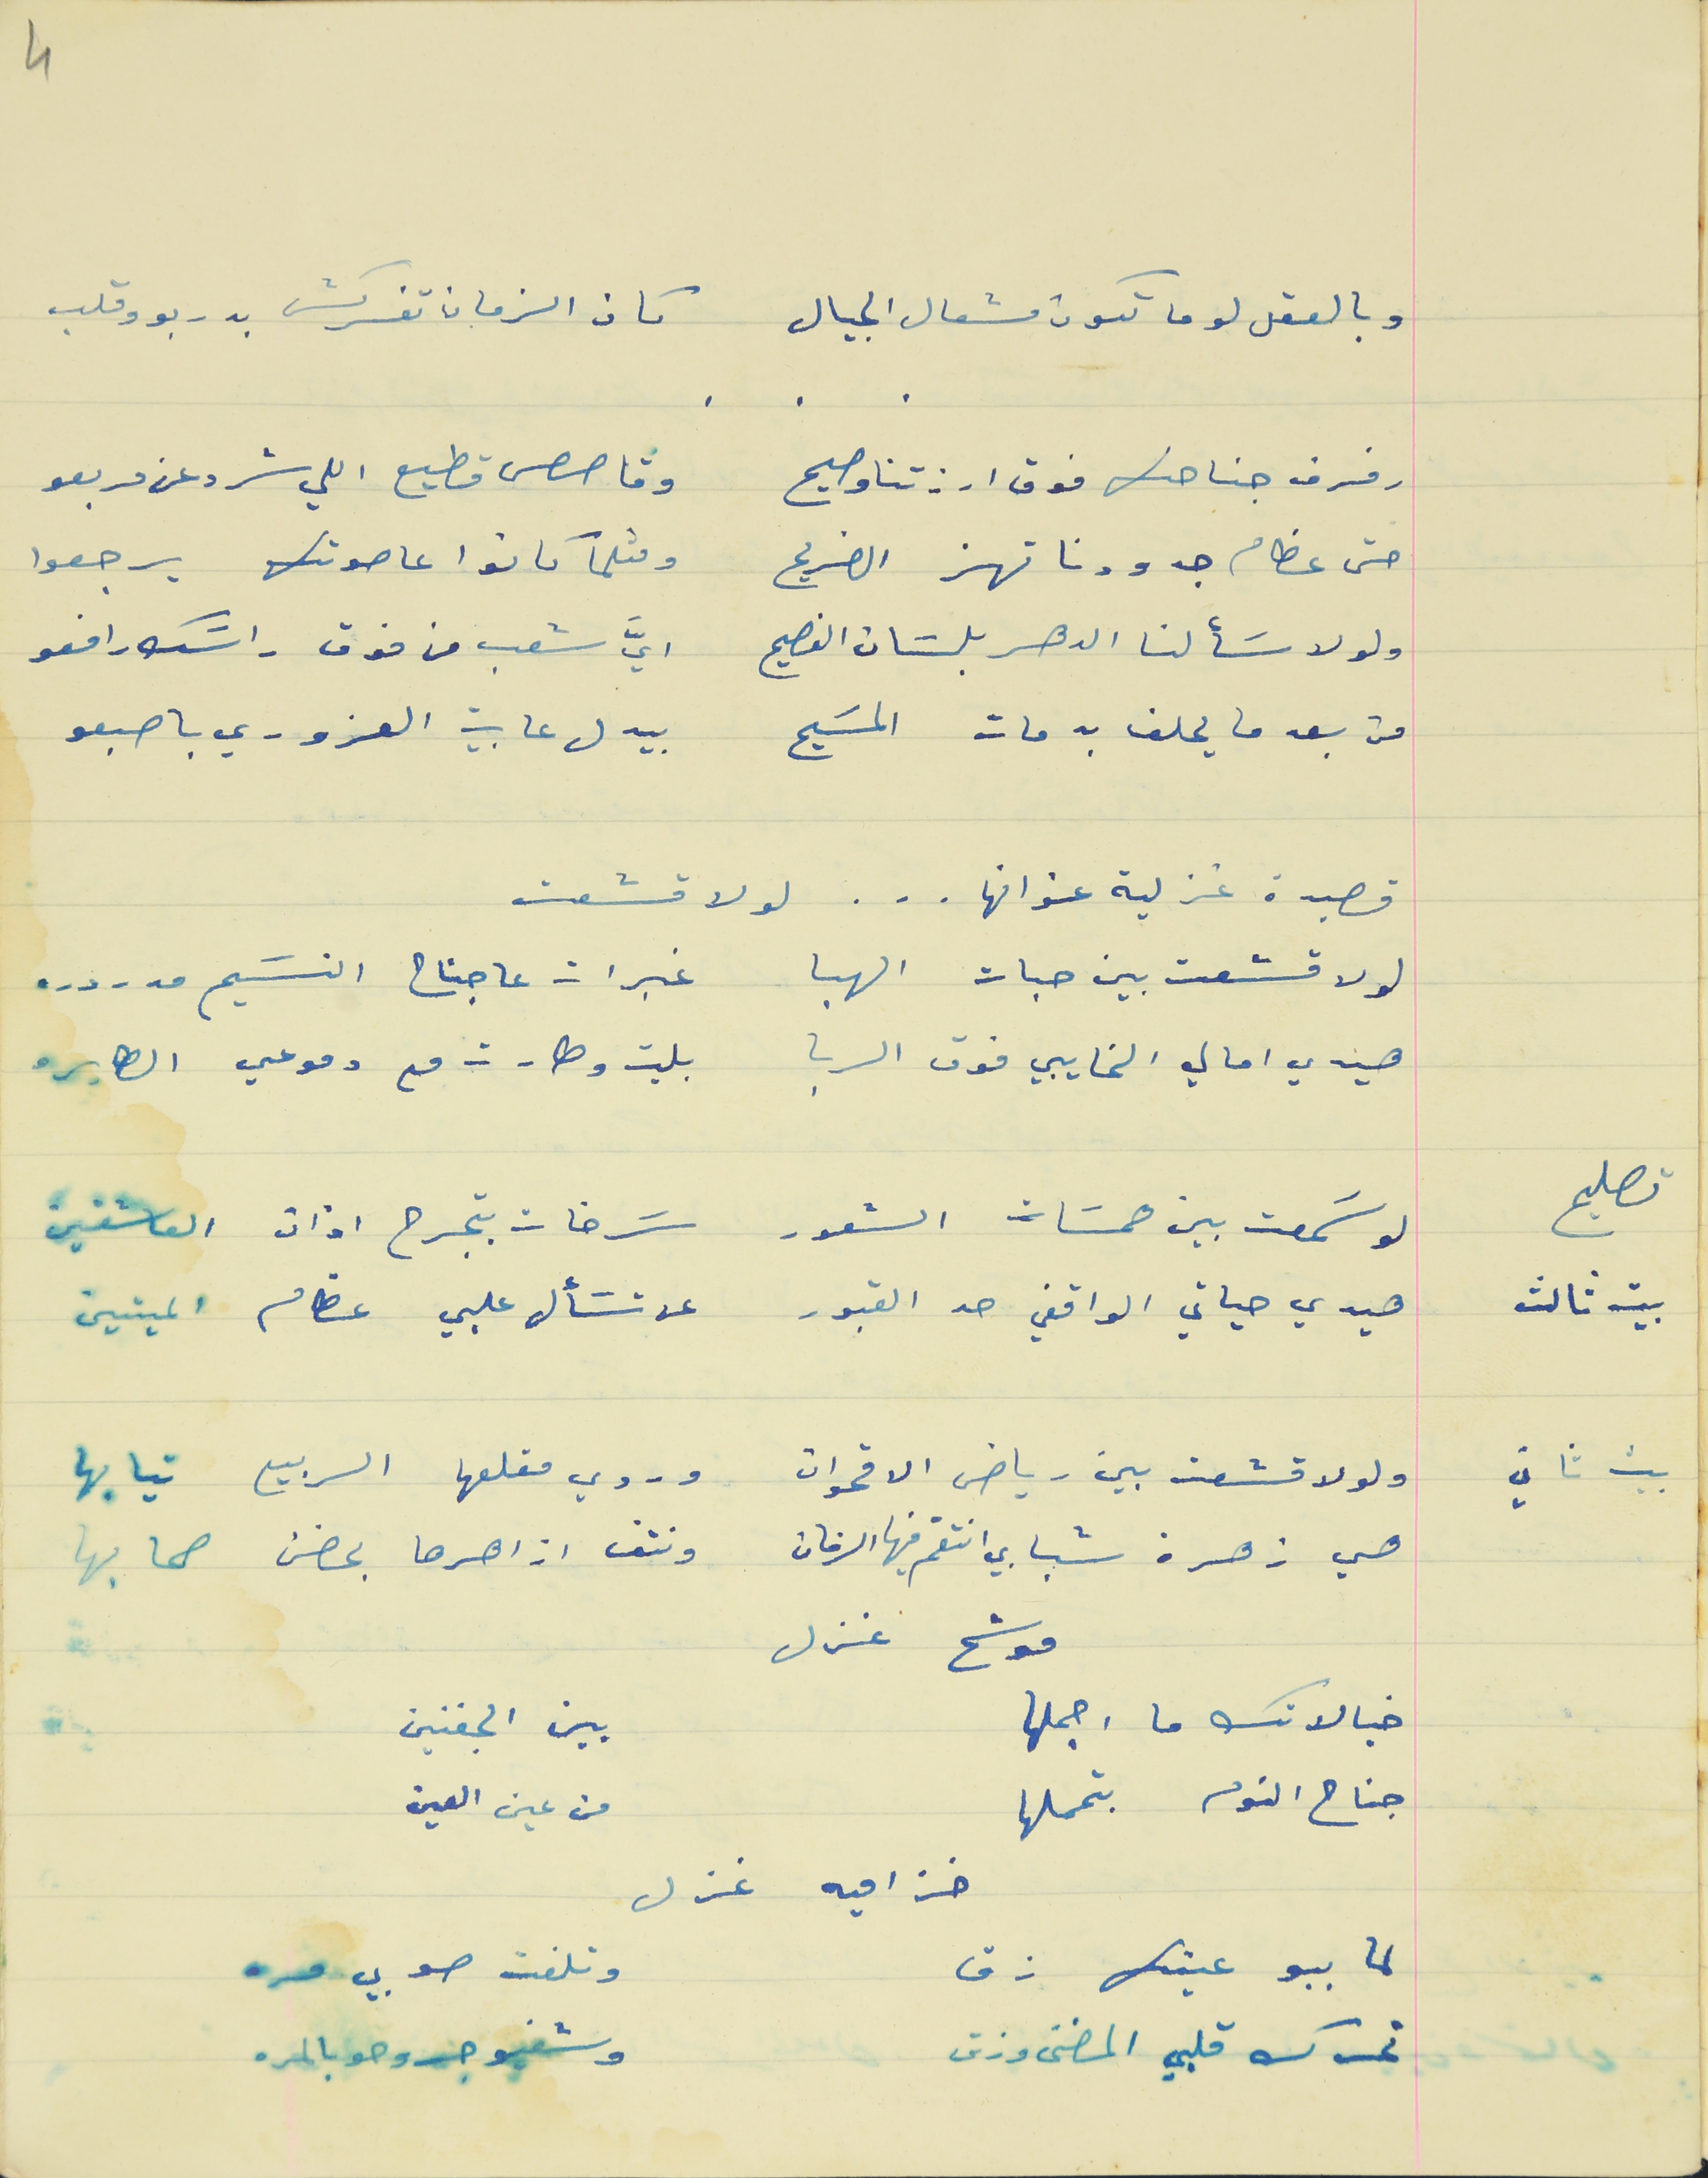
وبالعقل لو ما تكون مشعال الجيال                           كان الزمان تفركش بدربو وقلب
رفرف جناحك فوق ارزتنا وصيح                           وقاصص قطيع اللي شرد عن مربعو
حتى عظام جدودنا تهز الضريح                           ومثلما كانوا عا صوتك يرجعوا
 ولو لا سَألنا الدهر بلسَان الفصيح                           ايَّ شعب من فوق راسَك رافعو
من بعد ما يحلف به مات المسَيح                           بيدل عا بيت العزوري باصبعو
قصيدة غزلية عنوانها . . . لولا قشعت
 لولا قشعت بين حبات الهبا                           غبرات عا جناح النسَيم مدردره
هيدي امالي الخايبي فوق الربا                           بليت وطارت مع دموعي الطايره
تصليح
بيت ثالث                           هيدي حياتي الواقفي حد القبور                          عن تسَأل عليي عظام الميتين
ولولا قشعت بين رياض الاقحوان                           وروي مقلعها الربيع تيابها
هي زهرة شبابي انتقم فيها الزمان                          ونتف ازاهرها بحضن صحابها
موشح غزل
خيالاتك ما اجملها                           بين الجفنين
 جناح النوم بتحملها                          من عين العين
 لما ببو عينها زق                           وتلفت صوبي مره
تحرك قلبي المضنى وزق            وشفيو جروحو بالمره
لو سَمعت بين همسَات الشعور                           سَرخات بتجرح اذان العاشقين
خزاميه غزل
4
بيت ثاني